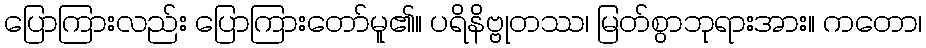
ပြောကြားလည်း ပြောကြားတော်မူ၏။ ပရိနိဗ္ဗုတဿ၊ မြတ်စွာဘုရားအား။ ကတော၊